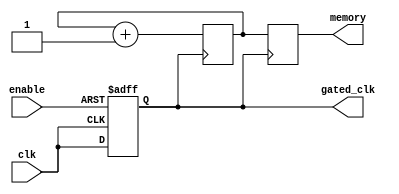
module conditional_clock_gating (
    input wire clk,            // Primary clock signal
    input wire enable,         // Enable signal for clock gating
    output reg gated_clk,      // Gated clock signal
    output reg [7:0] memory    // Example memory block (8-bit wide)
);

// Memory block size (for example, 256 x 8-bit)
parameter MEMORY_SIZE = 256;

// Internal memory array
reg [7:0] mem_array [0:MEMORY_SIZE-1];

// Clock gating logic
always @(posedge clk or negedge enable) begin
    if (!enable) begin
        gated_clk <= 1'b0; // Hold gated clock low when enable is inactive
    end else begin
        gated_clk <= clk;   // Pass the primary clock when enable is active
    end
end

// Memory operations (example: write on gated clock)
always @(posedge gated_clk) begin
    // Example memory write operation
    // Here you can implement read/write logic based on your requirements
    // For demonstration, let's just increment the first memory location
    mem_array[0] <= mem_array[0] + 1;
end

// Optional: Read operation (for demonstration purposes)
always @(posedge gated_clk) begin
    memory <= mem_array[0]; // Output the first memory location to the output
end

endmodule